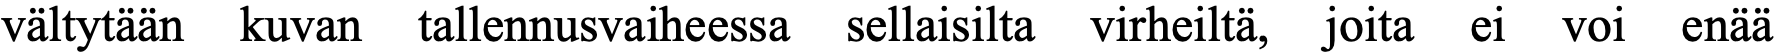
vältytään kuvan tallennusvaiheessa sellaisilta virheiltä, joita ei voi enää